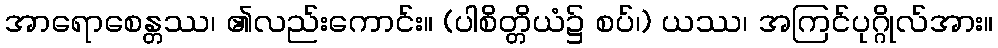
အာရောစေန္တဿ၊ ၏လည်းကောင်း။ (ပါစိတ္တိယံ၌ စပ်၊) ယဿ၊ အကြင်ပုဂ္ဂိုလ်အား။